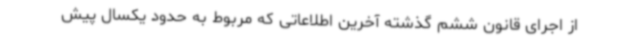
از اجرای قانون ششم گذشته آخرین اطلاعاتی که مربوط به حدود یکسال پیش